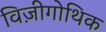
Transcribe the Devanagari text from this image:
विज़ीगोथिक